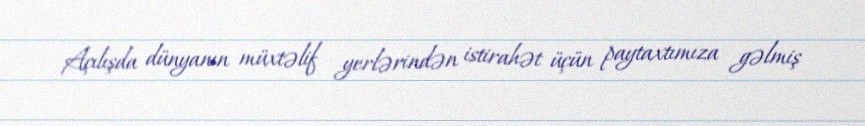
Açılışda dünyanın müxtəlif yerlərindən istirahət üçün paytaxtımıza gəlmiş